Some observations on the morphology and mechanism of the parts in the orthorrapha - Number 58
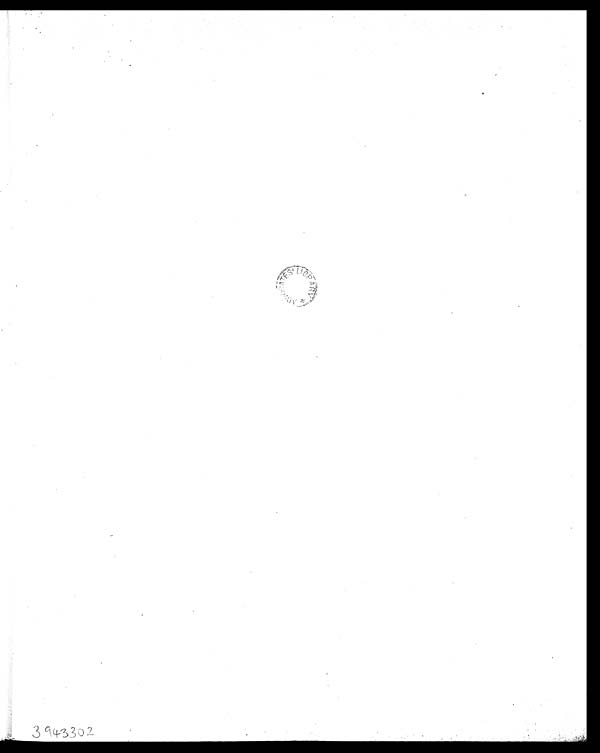
3943302